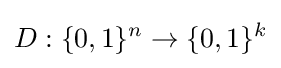
D:\{0,1\}^{n}\to \{0,1\}^{k}